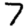
Digit: 7